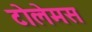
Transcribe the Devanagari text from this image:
टोलेमस